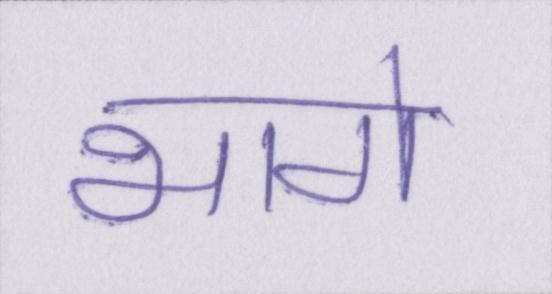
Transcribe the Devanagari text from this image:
भागे